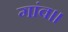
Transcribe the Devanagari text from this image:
गांव।।